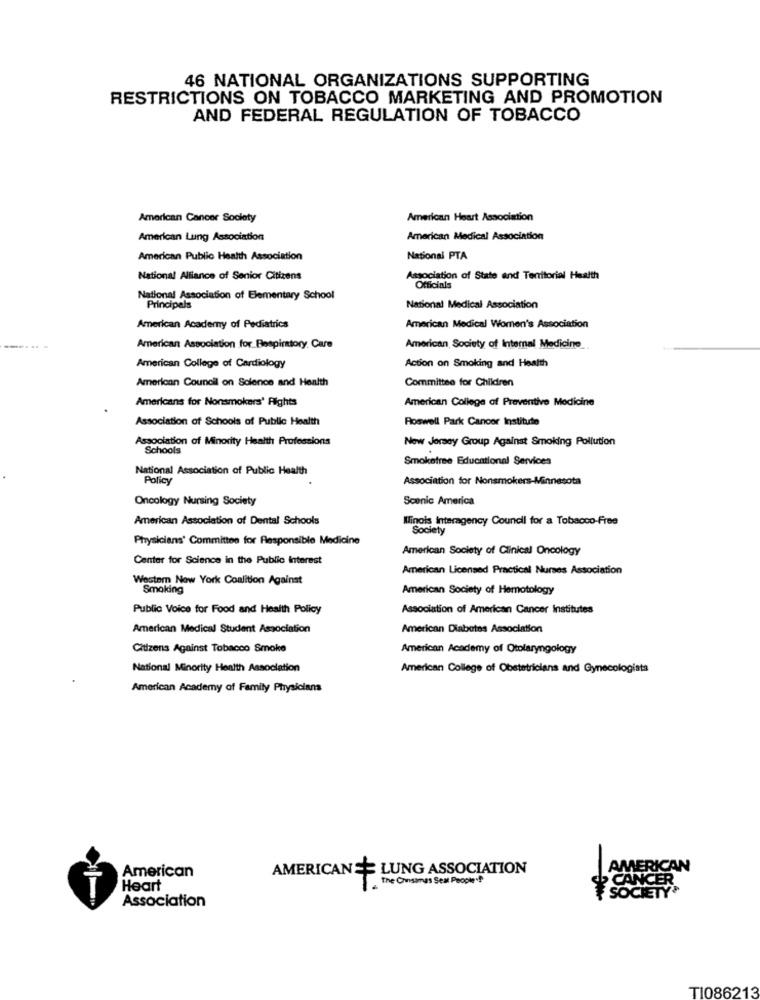
46 NATIONAL ORGANIZATIONS SUPPORTING
RESTRICTIONS ON TOBACCO MARKETING AND PROMOTION
AND FEDERAL REGULATION OF TOBACCO
American Cancer Society
American Heart Association
American Lung Association
American Medical Association
American Public Health Association
National PTA
National Alliance of Senior Citizens
Association of State and Territorial Health
Officials
National Association of Elementary School
Principals
National Medical Association
American Academy of Pediatrics
American Medical Women's Association
----- -
American Association for Bespinttory Care
American Society of Internal Medicine
American College of Cardiology
Action on Smoking and Health
Committee for Children
American Council on Science and Health
American College of Preventive Medicine
Americans for Nonsmokers' Rights
Association of Schools of Public Health
Roswell Park Cancer Institute
Association of Minority Health Professions
New Jersey Group Against Smoking Pollution
Schools
Smokefree Educational Services
National Association of Public Health
Policy
Association for Nonsmokers-Minnesota
Oncology Nursing Society
Scenic America
American Association of Dental Schools
Ilinois Interagency Council for a Tobacco-Free
Society
Physicians' Committee for Responsible Medicine
American Society of Clinical Oncology
Center for Science in the Public Interest
American Licensed Practical Nurses Association
Westem New York Coalition Against
Smoking
American Society of Hematology
Public Voice for Food and Health Policy
Association of American Cancer Institutes
American Medical Student Association
American Diabetes Association
Citizens Against Tobacco Smoke
American Academy of Otolaryngology
National Minority Health Association
American College of Obstetricians and Gynecologists
American Academy of Family Physicians
AMERICAN == LUNG ASSOCIATION
AMERICAN
American
The Ovisamas Seat People .P
Heart
T
Association
¥ SOCIE
TI086213